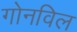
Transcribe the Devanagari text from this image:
गोनविल